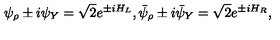
\psi _ { \rho } \pm i \psi _ { Y } = \sqrt { 2 } e ^ { \pm i H _ { L } } , \bar { \psi } _ { \rho } \pm i \bar { \psi } _ { Y } = \sqrt { 2 } e ^ { \pm i H _ { R } } ,